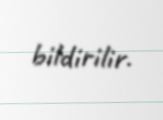
bildirilir.